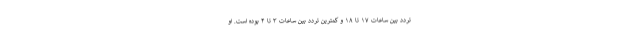
تردد بین ساعات ۱۷ تا ۱۸ و کمترین تردد بین ساعات ۳ تا ۴ بوده است. او